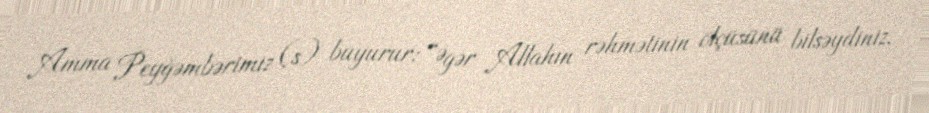
Amma Peyğəmbərimiz (s) buyurur: “Əgər Allahın rəhmətinin ölçüsünü bilsəydiniz,